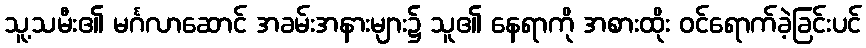
သူ့သမီး၏ မင်္ဂလာဆောင် အခမ်းအနားများ၌ သူ၏ နေရာကို အစားထိုး ဝင်ရောက်ခဲ့ခြင်းပင်